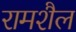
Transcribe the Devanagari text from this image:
रामशैल